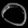
Digit: ၀